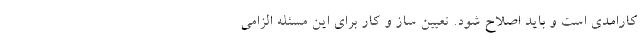
کارامدی است و باید اصلاح شود. تعیین ساز و کار برای این مسئله الزامی